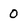
Character: 0